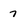
Character: 7